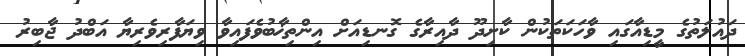
ދައުލަތުގެ މީޑިއާގައި ވާހަކަތަކުން ކާށިދޫ ދާއިރާގެ ގޮނޑިއަށް އިންތިޚާބުވެފައިވާ ވިޔަފާރިވެރިޔާ އަބްދު ޖާބިރު